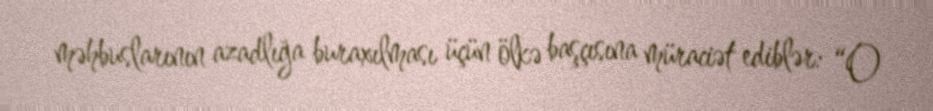
məhbuslarının azadlığa buraxılması üçün ölkə başçısına müraciət ediblər: “O